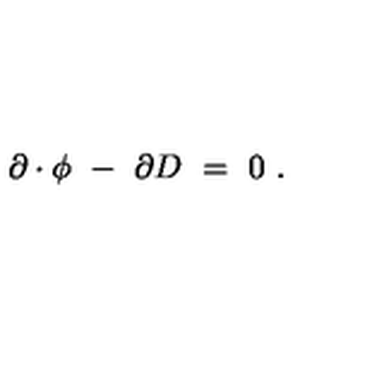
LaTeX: \partial \cdot \phi \ - \ \partial D \ = \ 0 \ .